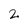
Character: 2